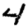
Digit: 4